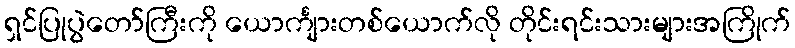
ရှင်ပြုပွဲတော်ကြီးကို ယောင်္ကျားတစ်ယောက်လို တိုင်းရင်းသားများအကြိုက်